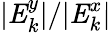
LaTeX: |\mathit{{E}}_{k}^{y}|/|\mathit{{E}}_{k}^{x}|